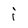
Character: i